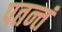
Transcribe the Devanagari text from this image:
पतन्तं